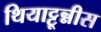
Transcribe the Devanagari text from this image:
थियाट्टून्नीस